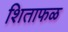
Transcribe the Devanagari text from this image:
शिताफळ